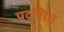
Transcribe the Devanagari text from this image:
प्रद्रशित